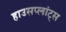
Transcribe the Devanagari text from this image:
हाउसप्लांट्स